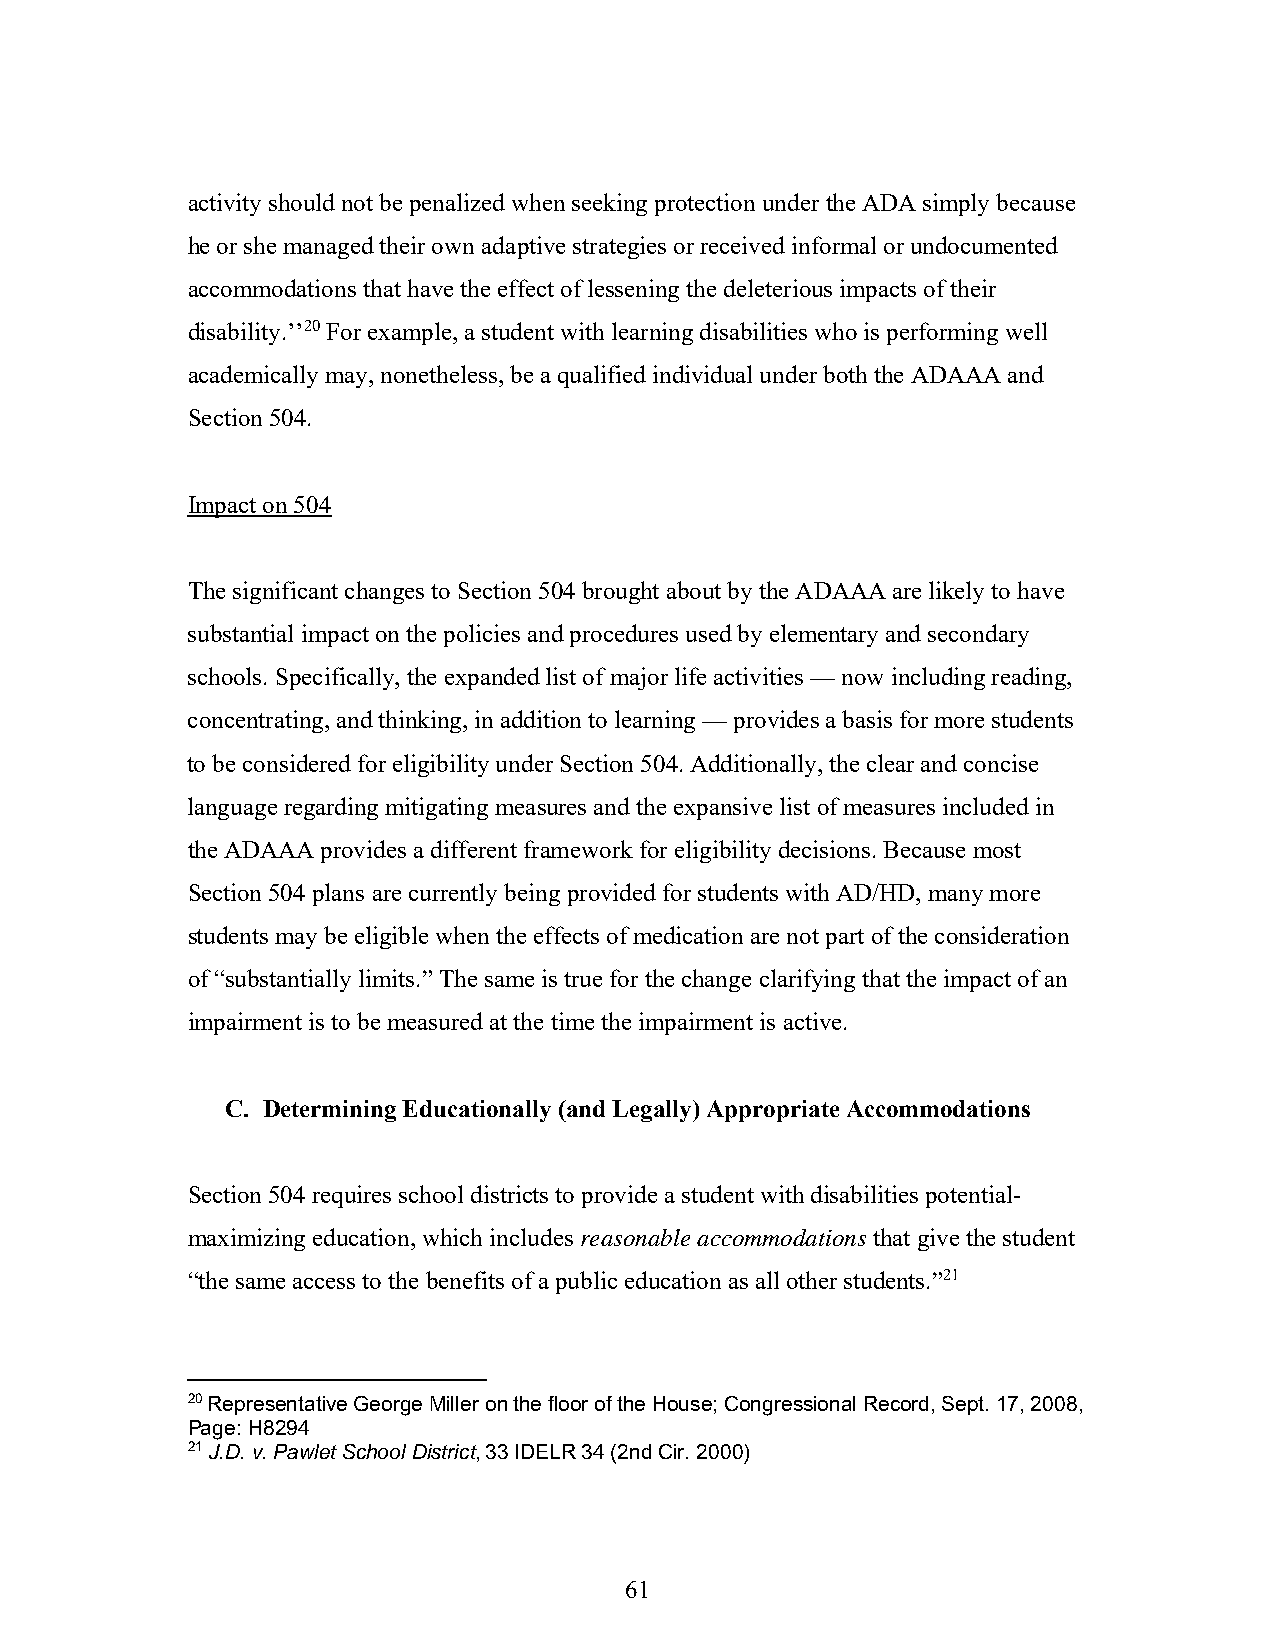
activity should not be penalized when seeking protection under the ADA simply because
 he or she managed their own adaptive strategies or received informal or undocumented
 accommodations that have the effect of lessening the deleterious impacts of their
 disability.’’20 For example, a student with learning disabilities who is performing well
 academically may, nonetheless, be a qualified individual under both the ADAAA and
 Section 504.
 Impact on 504
 The significant changes to Section 504 brought about by the ADAAA are likely to have
 substantial impact on the policies and procedures used by elementary and secondary
 schools. Specifically, the expanded list of major life activities — now including reading,
 concentrating, and thinking, in addition to learning — provides a basis for more students
 to be considered for eligibility under Section 504. Additionally, the clear and concise
 language regarding mitigating measures and the expansive list of measures included in
 the ADAAA provides a different framework for eligibility decisions. Because most
 Section 504 plans are currently being provided for students with AD/HD, many more
 students may be eligible when the effects of medication are not part of the consideration
 of “substantially limits.” The same is true for the change clarifying that the impact of an
 impairment is to be measured at the time the impairment is active.
 C. Determining Educationally (and Legally) Appropriate Accommodations
 Section 504 requires school districts to provide a student with disabilities potential-
 maximizing education, which includes reasonable accommodations that give the student
 “the same access to the benefits of a public education as all other students.”21
 20 Representative George Miller on the floor of the House; Congressional Record, Sept. 17, 2008,
 Page: H8294
 21 J.D. v. Pawlet School District, 33 IDELR 34 (2nd Cir. 2000)
 61